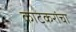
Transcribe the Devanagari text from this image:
काटकरांचा